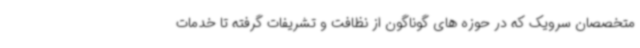
متخصصان سرویک که در حوزه های گوناگون از نظافت و تشریفات گرفته تا خدمات